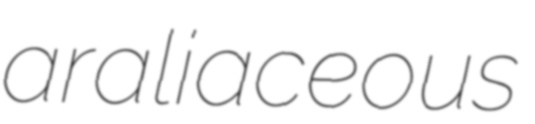
araliaceous